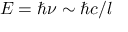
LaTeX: E = \hbar \nu \sim \hbar c / l